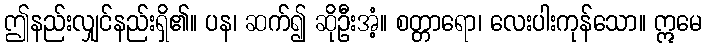
ဤနည်းလျှင်နည်းရှိ၏။ ပန၊ ဆက်၍ ဆိုဦးအံ့။ စတ္တာရော၊ လေးပါးကုန်သော။ ဣမေ